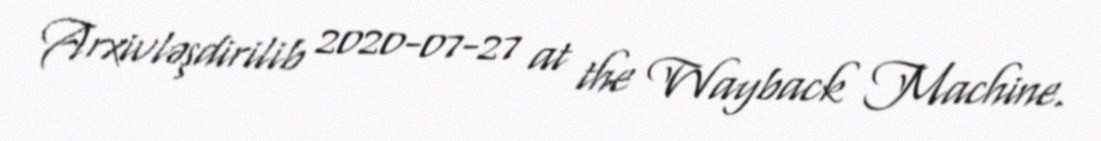
Arxivləşdirilib 2020-07-27 at the Wayback Machine.